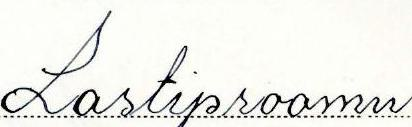
Lastiproomu